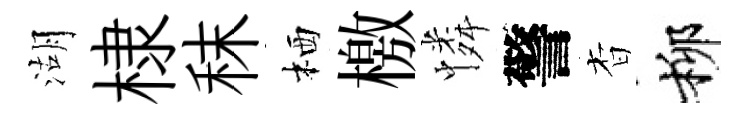
湖棣秣栖檄憐警杳柳